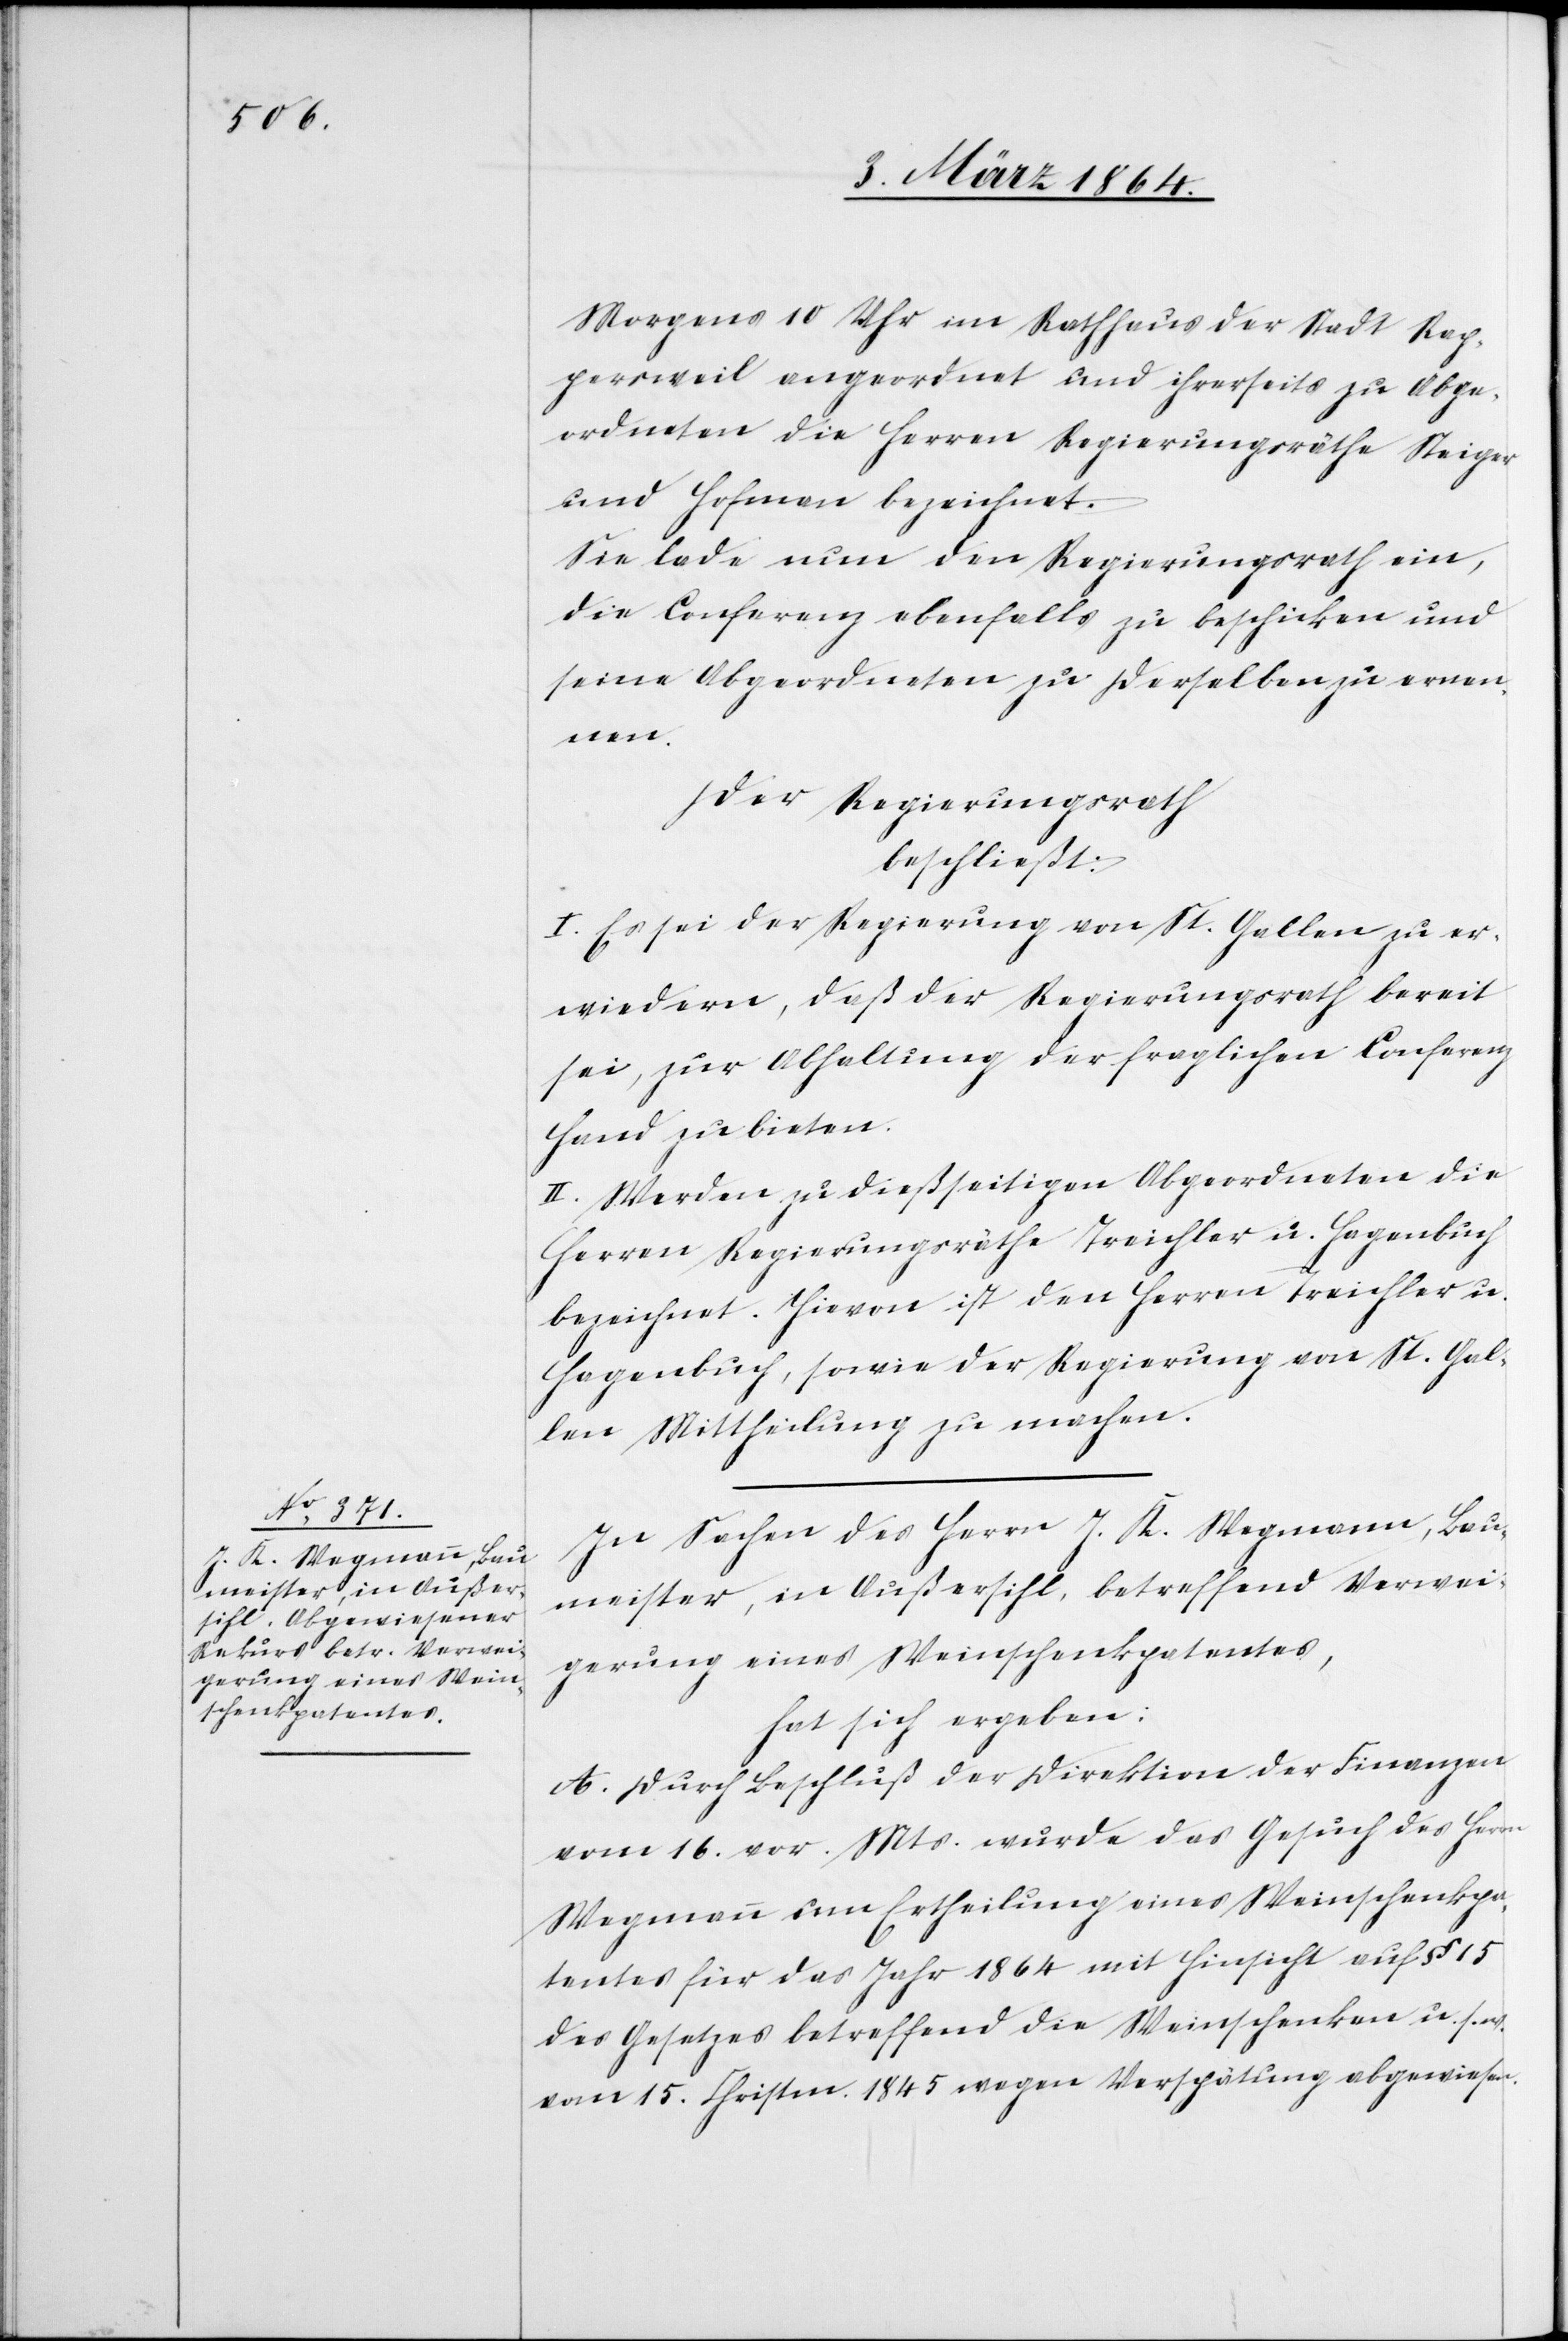
Morgens 10 Uhr im Rathhaus der Stadt Rap¬
persweil angeordnet und ihrerseits zu Abge¬
ordneten die Herren Regierungsräthe Steiger
und Hofman bezeichnet.
Sie lade nun den Regierungsrath ein,
die Conferenz ebenfalls zu beschicken und
seine Abgeordneten zu derselben zu ernen¬
nen.
Der Regierungsrath
beschließt:
I. Es sei der Regierung von St. Gallen zu er¬
wiedern, daß der Regierungsrath bereit
sei, zur Abhaltung der fraglichen Conferenz
Hand zu bieten.
II. Werden zu dießseitigen Abgeordneten die
Herren Regierungsräthe Treichler u. Hagenbuch
bezeichnet. Hievon ist den Herren Treichler u.
Hagenbuch, sowie der Regierung von St. Gal¬
len Mittheilung zu machen.
In Sachen des Herrn J. K. Wegmann, Bau¬
meister, in Außersihl, betreffend Verwei¬
gerung eines Weinschenkpatentes,
hat sich ergeben:
A. Durch Beschluß der Direktion der Finanzen
vom 16. vor. Mts. wurde das Gesuch des Herrn
Wegmann um Ertheilung eines Weinschenkpa¬
tentes für das Jahr 1864 mit Hinsicht auf § 15
des Gesetzes betreffend die Weinschenken u. s. w.
vom 15. Christm. 1845 wegen Verspätung abgewiesen.